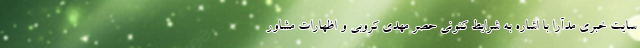
سایت خبری مدآرا با اشاره به شرایط کنونی حصر مهدی کروبی و اظهارات مشاور